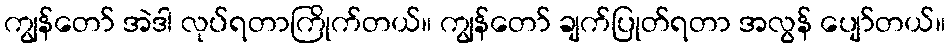
ကျွန်တော် အဲဒါ လုပ်ရတာကြိုက်တယ်။ ကျွန်တော် ချက်ပြုတ်ရတာ အလွန် ပျော်တယ်။